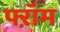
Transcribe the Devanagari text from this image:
फ्ऱॉम